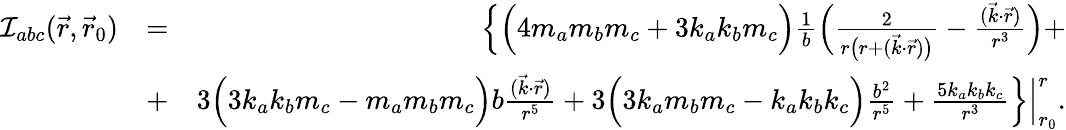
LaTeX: \begin{array}{rlr}{{\cal I}_{abc}(\vec{r},\vec{r}_{0})}&{=}&{\Big\{ \Big(4m_{a}m_{b}m_{c}+3k_{a}k_{b}m_{c}\Big)\frac{1}{b}\Big(\frac{2}{r\big(r+(\vec{k}\cdot\vec{r})\big)}-\frac{(\vec{k}\cdot\vec{r})}{r^{3}}\Big)+}\\ &{+}&{3\Big(3k_{a}k_{b}m_{c}-m_{a}m_{b}m_{c}\Big)b\frac{(\vec{k}\cdot\vec{r})}{r^{5}}+3\Big(3k_{a}m_{b}m_{c}-k_{a}k_{b}k_{c}\Big)\frac{b^{2}}{r^{5}}+\frac{5k_{a}k_{b}k_{c}}{r^{3}}\Big\} \Big|_{r_{0}}^{r}.}\end{array}